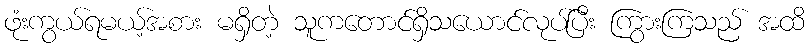
ဖုံးကွယ်ရမယ့်အစား မရှိတဲ့ သူကတောင်ရှိသယောင်လုပ်ပြီး ကြွားကြသည် အထိ